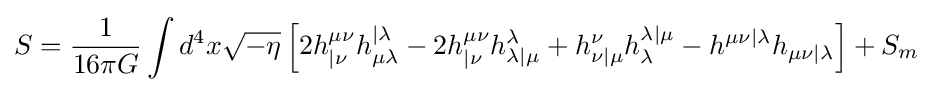
S={1 \over 16\pi G}\int d^{4}x{\sqrt {-\eta }}\left[2h_{|\nu }^{\mu \nu }h_{\mu \lambda }^{|\lambda }-2h_{|\nu }^{\mu \nu }h_{\lambda |\mu }^{\lambda }+h_{\nu |\mu }^{\nu }h_{\lambda }^{\lambda |\mu }-h^{\mu \nu |\lambda }h_{\mu \nu |\lambda }\right]+S_{m}\;